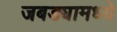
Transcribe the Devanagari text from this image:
जबड्यामध्ये